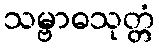
သမ္ဗာဓသုတ္တံ